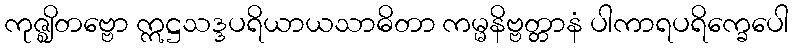
ကုဇ္ဈိတဗ္ဗော ဣဋ္ဌသဒ္ဒပရိယာယသာဓိတာ ကမ္မနိဗ္ဗတ္တာနံ ပါကာရပရိက္ခေပေါ